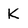
Character: K